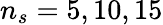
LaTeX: n_{s}=5,10,15